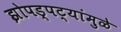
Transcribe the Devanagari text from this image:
झोपड्पट्यांमुळे